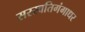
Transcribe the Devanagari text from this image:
सरस्वतिगंगाधर